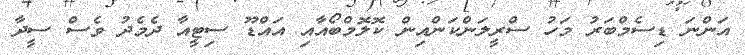
އަންނަ ޑިސެމްބަރު މަހު ސްރީލަންކަންއިންް ކޮލޮމްބޯއާއި އައްޑޫ ސިޓީއާ ދެމެދު ވެސް ސީދާ